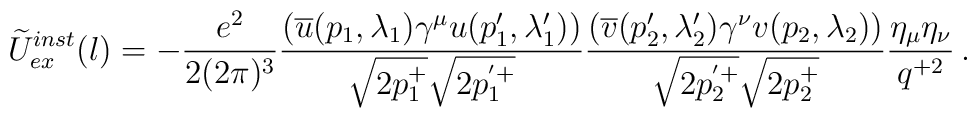
\widetilde U_{ex}^{inst}(l) = - \frac{e^2}{2(2\pi)^3}   \frac{(\overline u(p_1,\lambda_1) \gamma^\mu       u(p'_1,\lambda'_1))}{\sqrt{2p_1^+}\sqrt{2p_1^{'+}}}   \frac{(\overline v(p'_2,\lambda'_2)\gamma^\nu    v(p_2,\lambda_2))}{\sqrt{2p_2^{'+}}\sqrt{2p_2^+}}   \frac{\eta_\mu \eta_\nu}{q^{+2}}\,.